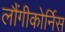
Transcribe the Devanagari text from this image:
लौंगीकोर्निस